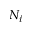
N _ { i }